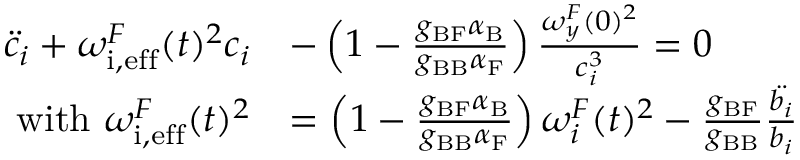
\begin{array} { r l } { \ddot { c } _ { i } + { { \omega _ { \mathrm { i , e f f } } ^ { F } } } ( t ) ^ { 2 } c _ { i } } & { - \left( 1 - \frac { g _ { \mathrm { B F } } \alpha _ { \mathrm { B } } } { g _ { \mathrm { B B } } \alpha _ { \mathrm { F } } } \right) \frac { { \omega _ { y } ^ { F } } ( 0 ) ^ { 2 } } { c _ { i } ^ { 3 } } = 0 } \\ { { \mathrm { w i t h ~ } { \omega _ { \mathrm { i , e f f } } ^ { F } } } ( t ) ^ { 2 } } & { = \left( 1 - \frac { g _ { \mathrm { B F } } \alpha _ { \mathrm { B } } } { g _ { \mathrm { B B } } \alpha _ { \mathrm { F } } } \right) { \omega _ { i } ^ { F } } ( t ) ^ { 2 } - \frac { g _ { \mathrm { B F } } } { g _ { \mathrm { B B } } } \frac { \ddot { b _ { i } } } { b _ { i } } } \end{array}